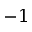
- 1